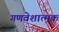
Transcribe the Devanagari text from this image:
गणवेशात्मक